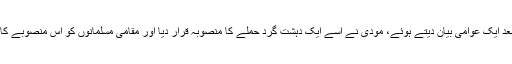
اس واقعے کے بعد ایک عوامی بیان دیتے ہوئے، مودی نے اسے ایک دہشت گرد حملے کا منصوبہ قرار دیا اور مقامی مسلمانوں کو اس منصوبے کا ذمہ دار ٹھہرایا۔